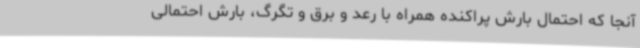
آنجا که احتمال بارش پراکنده همراه با رعد و برق و تگرگ، بارش احتمالی